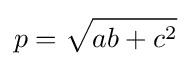
p={\sqrt {ab+c^{2}}}